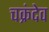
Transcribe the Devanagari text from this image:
चक्रंदेव